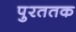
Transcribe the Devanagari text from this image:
पुरततक